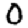
Digit: 0